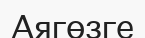
Аягөзге